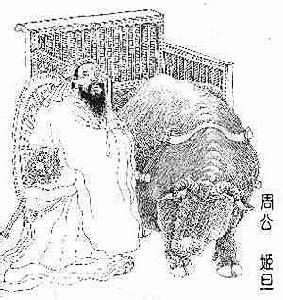
一沐三捉发，一饭三吐哺。